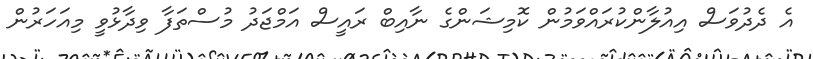
އެ ދެދުވަސް އިއުލާންކުރައްވަމުން ކޮމިޝަންގެ ނާއިބް ރައީސް އަމްޖަދު މުސްތަފާ ވިދާޅުވީ މިއަހަރުން